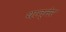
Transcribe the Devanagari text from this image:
थान्नेर